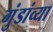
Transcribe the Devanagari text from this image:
गुंडांव्या